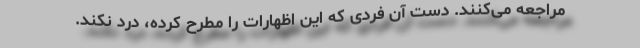
مراجعه می‌کنند. دست آن فردی که این اظهارات را مطرح کرده، درد نکند.